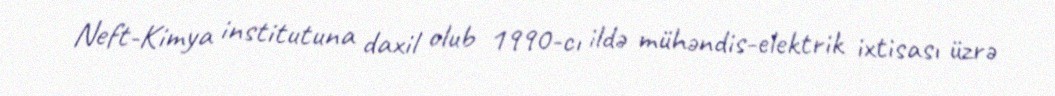
Neft-Kimya institutuna daxil olub 1990-cı ildə mühəndis-elektrik ixtisası üzrə